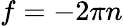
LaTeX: f=-2\pi n